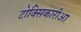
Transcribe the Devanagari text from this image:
टोक्सिकारीआ